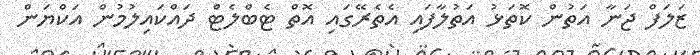
ޒަލަފް ޖަނާ އަތުން ކޮތަޅު އަތުލާފައި އެތެރޭގައި އޮތް ޓެބްލެޓް ދައްކައިލުމުން އަކްޔަން